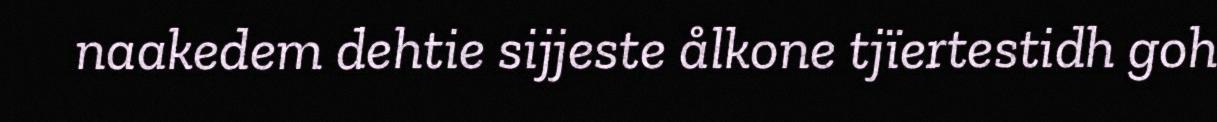
naakedem dehtie sijjeste ålkone tjïertestidh goh